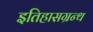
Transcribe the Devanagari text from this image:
इतिहासग्रन्थ